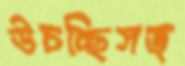
উচচ্ছিসত্